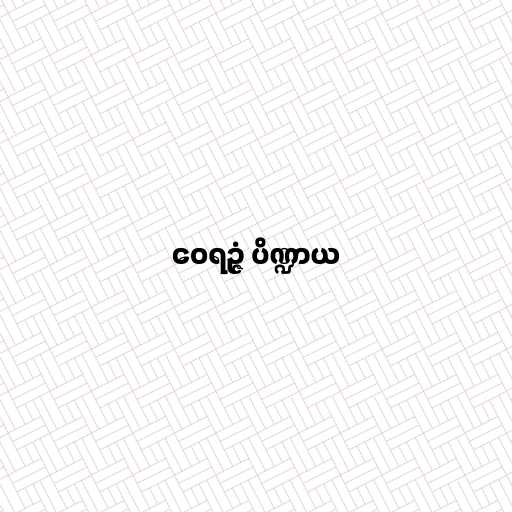
ဝေရဉ္ဇံ ပိဏ္ဍာယ